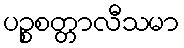
ပဉ္စစတ္တာလီသမာ